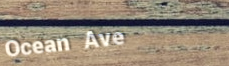
Ocean Ave